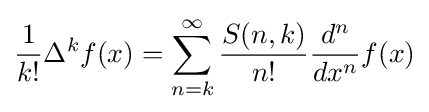
{\frac {1}{k!}}\Delta ^{k}f(x)=\sum _{n=k}^{\infty }{\frac {S(n,k)}{n!}}{\frac {d^{n}}{dx^{n}}}f(x)